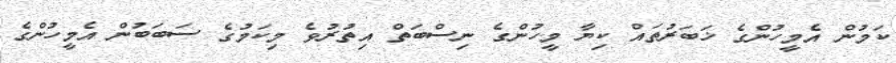
ކަމުން އެމީހުންގެ ޚަބަރުތައް ކިޔާ މީހުންގެ ނިސްބަތް އިތުރުވެ މިކަމުގެ ސަބަބުން އެމީހުންގެ